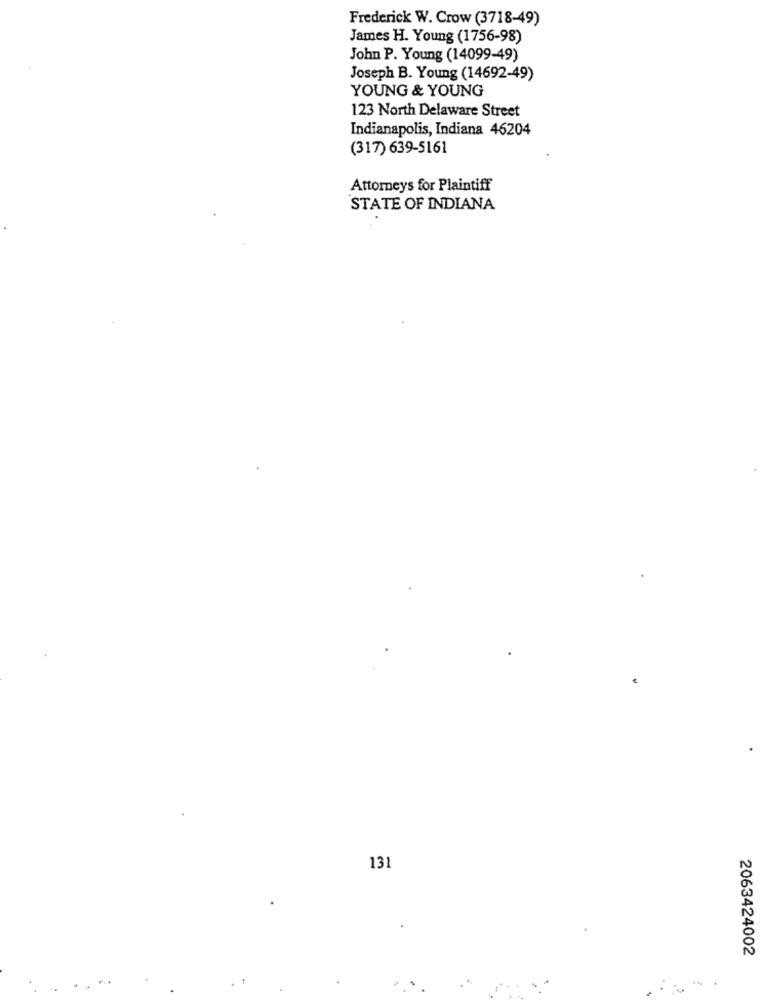
Frederick W. Crow (3718-49)
James H. Young (1756-98)
John P. Young (14099-49)
Joseph B. Young (14692-49)
YOUNG & YOUNG
123 North Delaware Street
Indianapolis, Indiana 46204
(317) 639-5161
Attorneys for Plaintiff
STATE OF INDIANA
131
2063424002